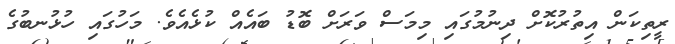
ރީތިކަން އިތުރުކޮށް ދިނުމުގައި މިމަސް ވަރަށް ބޮޑު ބައެއް ކުޅެއެވެ. މަހުގައި ހުޅުނބުގެ